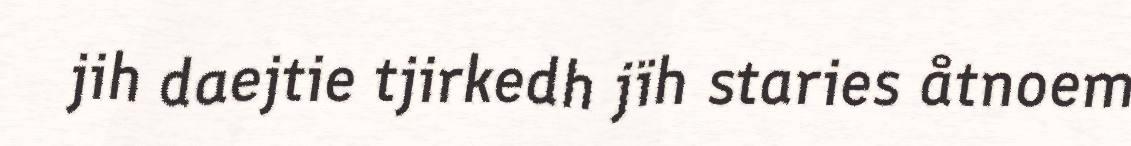
jih daejtie tjirkedh jïh staries åtnoem